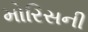
મોરિસની